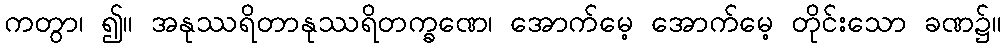
ကတွာ၊ ၍။ အနုဿရိတာနုဿရိတက္ခဏေ၊ အောက်မေ့ အောက်မေ့ တိုင်းသော ခဏ၌။